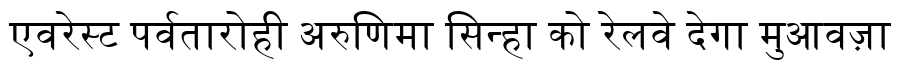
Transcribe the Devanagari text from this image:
एवरेस्ट पर्वतारोही अरुणिमा सिन्हा को रेलवे देगा मुआवज़ा